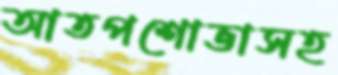
আতপশোভাসহ